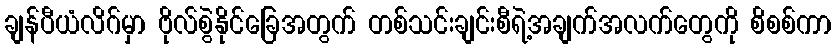
ချန်ပီယံလိဂ်မှာ ဗိုလ်စွဲနိုင်ခြေအတွက် တစ်သင်းချင်းစီရဲ့အချက်အလက်တွေကို စိစစ်ကာ